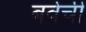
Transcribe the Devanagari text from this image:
बर्वेची